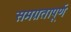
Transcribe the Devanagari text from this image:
समग्रतापूर्ण